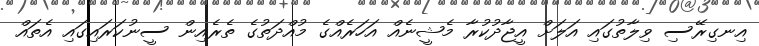
އިނގިރޭސި ވިލާތުގައި އަލަށް އީޖާދުކުރާ މެޝީނެއް އަހަރެއްގެ މުއްދަތުގެ ތެރެއިން ސީނުކަރައިގައި އެތައް